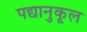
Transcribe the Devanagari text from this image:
पद्यानुकूल